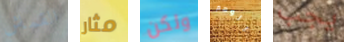
القماش مثار ولكن الوهم يجب